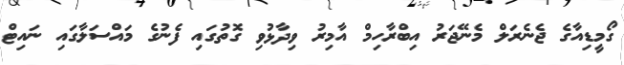
ގޯމީޑިއާގެ ޖެނެރަލް މެނޭޖަރު އިބްރާހިމް އާމިރު ވިދާޅުވި ގޮތުގައި ފެނުގެ މައްސަލާގައި ނައިޓް